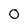
Character: 0